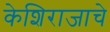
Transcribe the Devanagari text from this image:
केशिराजाचे